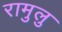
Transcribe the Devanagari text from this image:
रामुलु